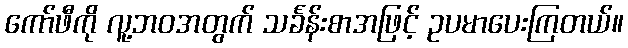
ကော်ဖီကို လူ့ဘဝအတွက် သင်္ခန်းစာအဖြင့် ဥပမာပေးကြတယ်။